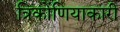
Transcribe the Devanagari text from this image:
त्रिकोंणियाकारी